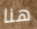
هنا